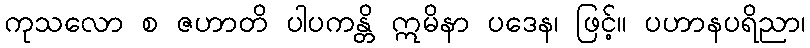
ကုသလော စ ဇဟာတိ ပါပကန္တိ ဣမိနာ ပဒေန၊ ဖြင့်။ ပဟာနပရိညာ၊